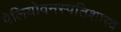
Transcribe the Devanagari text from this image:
पेलियोवनस्पतिशास्त्र